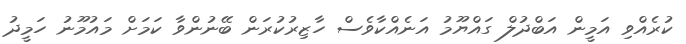
ކުރެއްވި އަމީން އަބްދުލް ގައްޔޫމު އަނެއްކާވެސް ހާޒިރުކުރަން ބޭނުންވާ ކަމަށް މައުމޫނު ހަމީދު